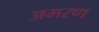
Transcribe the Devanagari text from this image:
अमरण